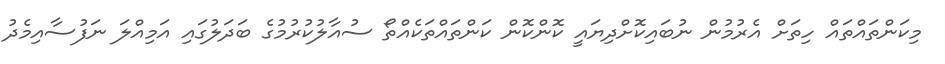
މިކަންތައްތައް ހިތަށް އެރުމުން ނުބައިކޮށްދިޔައީ ކޮންކޮން ކަންތައްތަކެއްތޯ ސުއާލުކުރުމުގެ ބަދަލުގައި އަމިއްލަ ނަފުސާއިމެދު